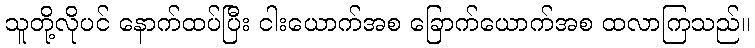
သူတို့လိုပင် နောက်ထပ်ပြီး ငါးယောက်အစ ခြောက်ယောက်အစ ထလာကြသည်။